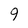
Character: 9